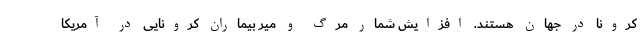
کرونا در جهان هستند. افزایش شمار مرگ و میر بیماران کرونایی در آمریکا